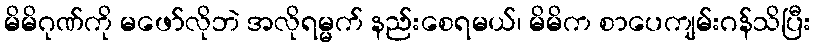
မိမိဂုဏ်ကို မဖော်လိုဘဲ အလိုရမ္မက် နည်းစေရမယ်၊ မိမိက စာပေကျမ်းဂန်သိပြီး